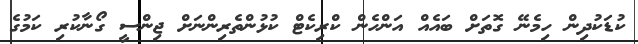
ކުޑަކުދިން ހިމެނޭ ގޮތަށް ބައެއް އަންހެން ކްރިކެޓް ކުޅުންތެރިންނަށް ޖިންސީ ގޯނާކުރި ކަމުގެ